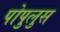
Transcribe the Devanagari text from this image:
पोपुलुस